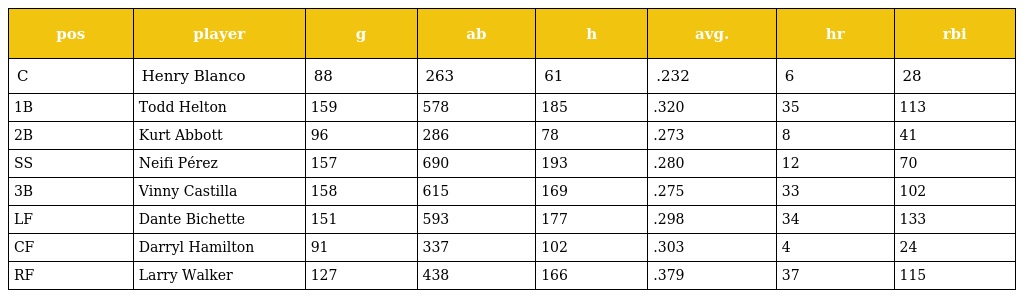
| pos | player | g | ab | h | avg. | hr | rbi |
 | --- | --- | --- | --- | --- | --- | --- | --- |
 | C | Henry Blanco | 88 | 263 | 61 | .232 | 6 | 28 |
 | 1B | Todd Helton | 159 | 578 | 185 | .320 | 35 | 113 |
 | 2B | Kurt Abbott | 96 | 286 | 78 | .273 | 8 | 41 |
 | SS | Neifi Pérez | 157 | 690 | 193 | .280 | 12 | 70 |
 | 3B | Vinny Castilla | 158 | 615 | 169 | .275 | 33 | 102 |
 | LF | Dante Bichette | 151 | 593 | 177 | .298 | 34 | 133 |
 | CF | Darryl Hamilton | 91 | 337 | 102 | .303 | 4 | 24 |
 | RF | Larry Walker | 127 | 438 | 166 | .379 | 37 | 115 |